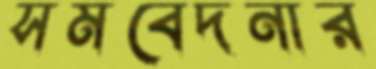
সমবেদনার